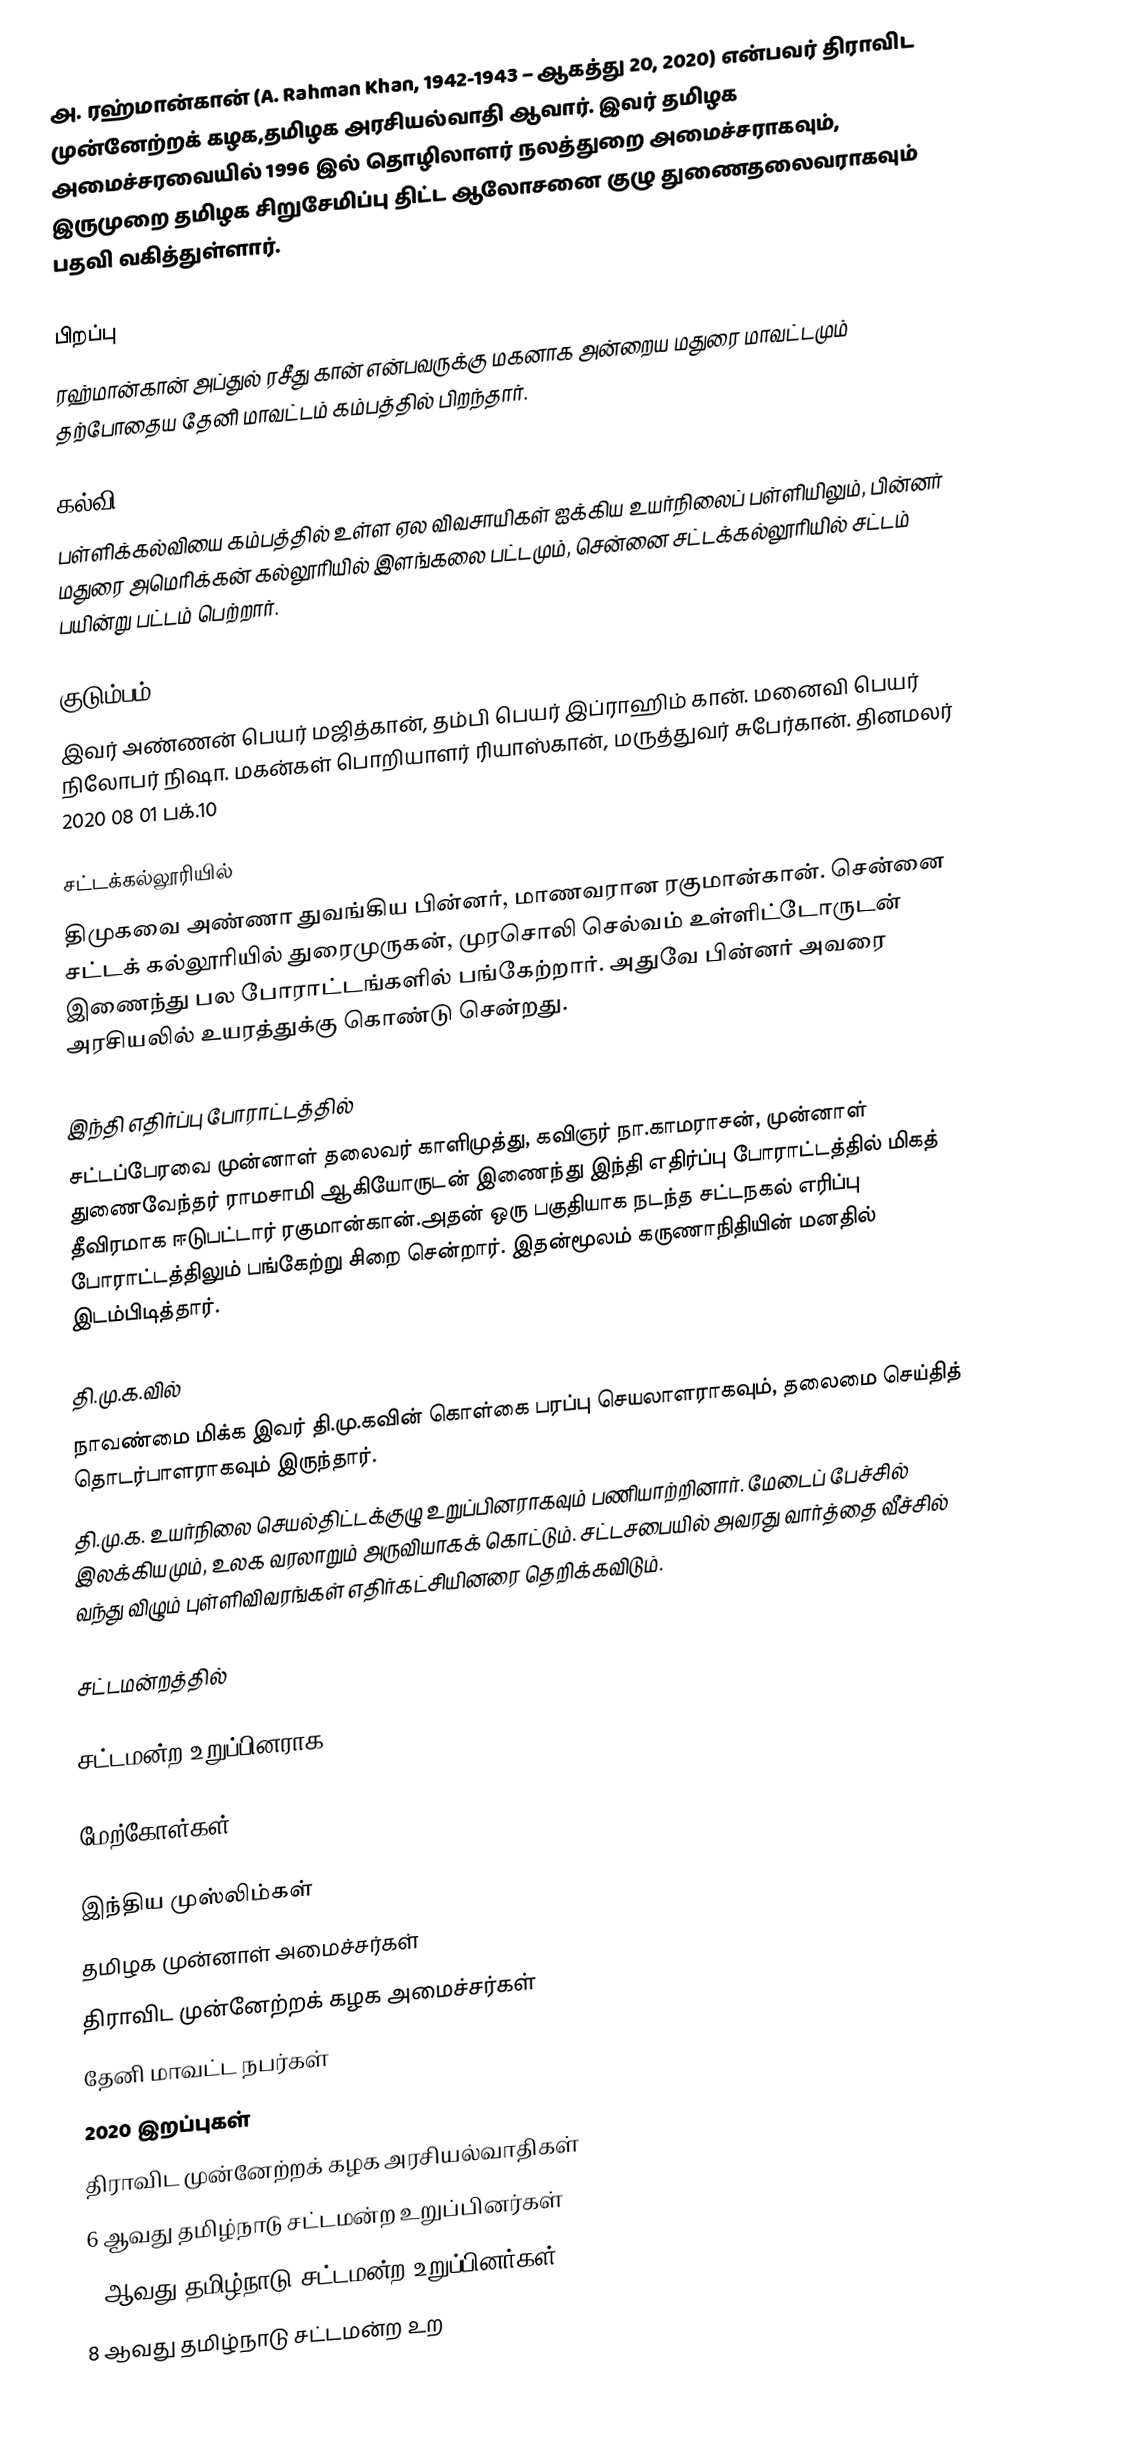
அ. ரஹ்மான்கான் (A. Rahman Khan, 1942-1943 – ஆகத்து 20, 2020)  என்பவர் திராவிட முன்னேற்றக் கழக,தமிழக அரசியல்வாதி ஆவார்.   இவர் தமிழக அமைச்சரவையில் 1996 இல் தொழிலாளர் நலத்துறை அமைச்சராகவும், இருமுறை தமிழக சிறுசேமிப்பு திட்ட ஆலோசனை குழு துணைதலைவராகவும் பதவி வகித்துள்ளார்.

பிறப்பு
ரஹ்மான்கான் அப்துல் ரசீது கான் என்பவருக்கு மகனாக அன்றைய மதுரை மாவட்டமும் தற்போதைய தேனி மாவட்டம் கம்பத்தில் பிறந்தார்.

கல்வி
பள்ளிக்கல்வியை கம்பத்தில் உள்ள ஏல விவசாயிகள் ஐக்கிய உயர்நிலைப் பள்ளியிலும், பின்னர் மதுரை அமெரிக்கன் கல்லூரியில் இளங்கலை பட்டமும், சென்னை சட்டக்கல்லூரியில் சட்டம் பயின்று பட்டம் பெற்றார்.

குடும்பம்
இவர் அண்ணன் பெயர் மஜித்கான், தம்பி பெயர் இப்ராஹிம் கான். மனைவி பெயர் நிலோபர் நிஷா. மகன்கள் பொறியாளர் ரியாஸ்கான், மருத்துவர் சுபேர்கான்.  தினமலர் 2020 08 01 பக்.10

சட்டக்கல்லூரியில்
திமுகவை அண்ணா துவங்கிய பின்னர், மாணவரான ரகுமான்கான். சென்னை சட்டக் கல்லூரியில் துரைமுருகன், முரசொலி செல்வம் உள்ளிட்டோருடன் இணைந்து பல போராட்டங்களில் பங்கேற்றார். அதுவே பின்னர் அவரை அரசியலில் உயரத்துக்கு கொண்டு சென்றது.

இந்தி எதிர்ப்பு போராட்டத்தில்
சட்டப்பேரவை முன்னாள் தலைவர் காளிமுத்து, கவிஞர் நா.காமராசன், முன்னாள் துணைவேந்தர் ராமசாமி ஆகியோருடன் இணைந்து இந்தி எதிர்ப்பு போராட்டத்தில் மிகத் தீவிரமாக ஈடுபட்டார் ரகுமான்கான்.அதன் ஒரு பகுதியாக நடந்த சட்டநகல் எரிப்பு போராட்டத்திலும் பங்கேற்று சிறை சென்றார். இதன்மூலம் கருணாநிதியின் மனதில் இடம்பிடித்தார்.

தி.மு.க.வில்
நாவண்மை மிக்க இவர் தி.மு.கவின் கொள்கை பரப்பு செயலாளராகவும், தலைமை செய்தித் தொடர்பாளராகவும் இருந்தார்.
தி.மு.க. உயர்நிலை செயல்திட்டக்குழு உறுப்பினராகவும் பணியாற்றினார்.  மேடைப் பேச்சில் இலக்கியமும், உலக வரலாறும் அருவியாகக் கொட்டும். சட்டசபையில் அவரது வார்த்தை வீச்சில் வந்து விழும் புள்ளிவிவரங்கள் எதிர்கட்சியினரை தெறிக்கவிடும்.

சட்டமன்றத்தில்

சட்டமன்ற உறுப்பினராக

மேற்கோள்கள்

இந்திய முஸ்லிம்கள்
தமிழக முன்னாள் அமைச்சர்கள்
திராவிட முன்னேற்றக் கழக அமைச்சர்கள்
தேனி மாவட்ட நபர்கள்
2020 இறப்புகள்
திராவிட முன்னேற்றக் கழக அரசியல்வாதிகள்
6 ஆவது தமிழ்நாடு சட்டமன்ற உறுப்பினர்கள்
7 ஆவது தமிழ்நாடு சட்டமன்ற உறுப்பினர்கள்
8 ஆவது தமிழ்நாடு சட்டமன்ற உற